Civil Veterinary Department Bengal reports 1933-51 - 1933-1951
Year: 1933
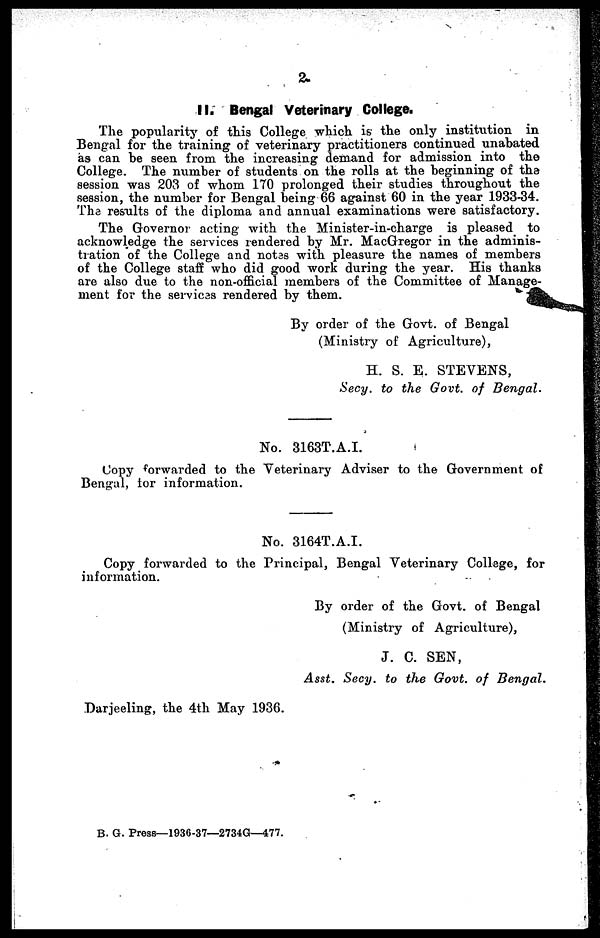
2.
II. Bengal Veterinary College.
The popularity of this College which is the only institution in
Bengal for the training of veterinary practitioners continued unabated
as can be seen from the increasing demand for admission into the
College. The number of students on the rolls at the beginning of the
session was 203 of whom 170 prolonged their studies throughout the
session, the number for Bengal being 66 against 60 in the year 1933-34.
The results of the diploma and annual examinations were satisfactory.
The Governor acting with the Minister-in-charge is pleased to
acknowledge the services rendered by Mr. MacGregor in the adminis-
tration of the College and notes with pleasure the names of members
of the College staff who did good work during the year. His thanks
are also due to the non-official members of the Committee of Manage-
ment for the services rendered by them.
By order of the Govt. of Bengal
(Ministry of Agriculture),
H. S. E. STEVENS,
Secy. to the Govt. of Bengal.
No. 3163T.A.I.
Copy forwarded to the Veterinary Adviser to the Government of
Bengal, for information.
No. 3164T.A.I.
Copy forwarded to the Principal, Bengal Veterinary College, for
information.
By order of the Govt. of Bengal
(Ministry of Agriculture),
J. C. SEN,
Asst. Secy. to the Govt. of Bengal.
Darjeeling, the 4th May 1936.
B. G. Press—1936-37—2734G—477.